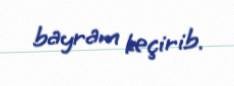
bayram keçirib.